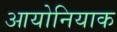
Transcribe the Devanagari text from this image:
आयोनियाक